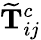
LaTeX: \mathbf{\widetilde{T}}_{ij}^{c}